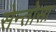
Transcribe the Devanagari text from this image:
सेन्तोसा